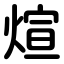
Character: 煊